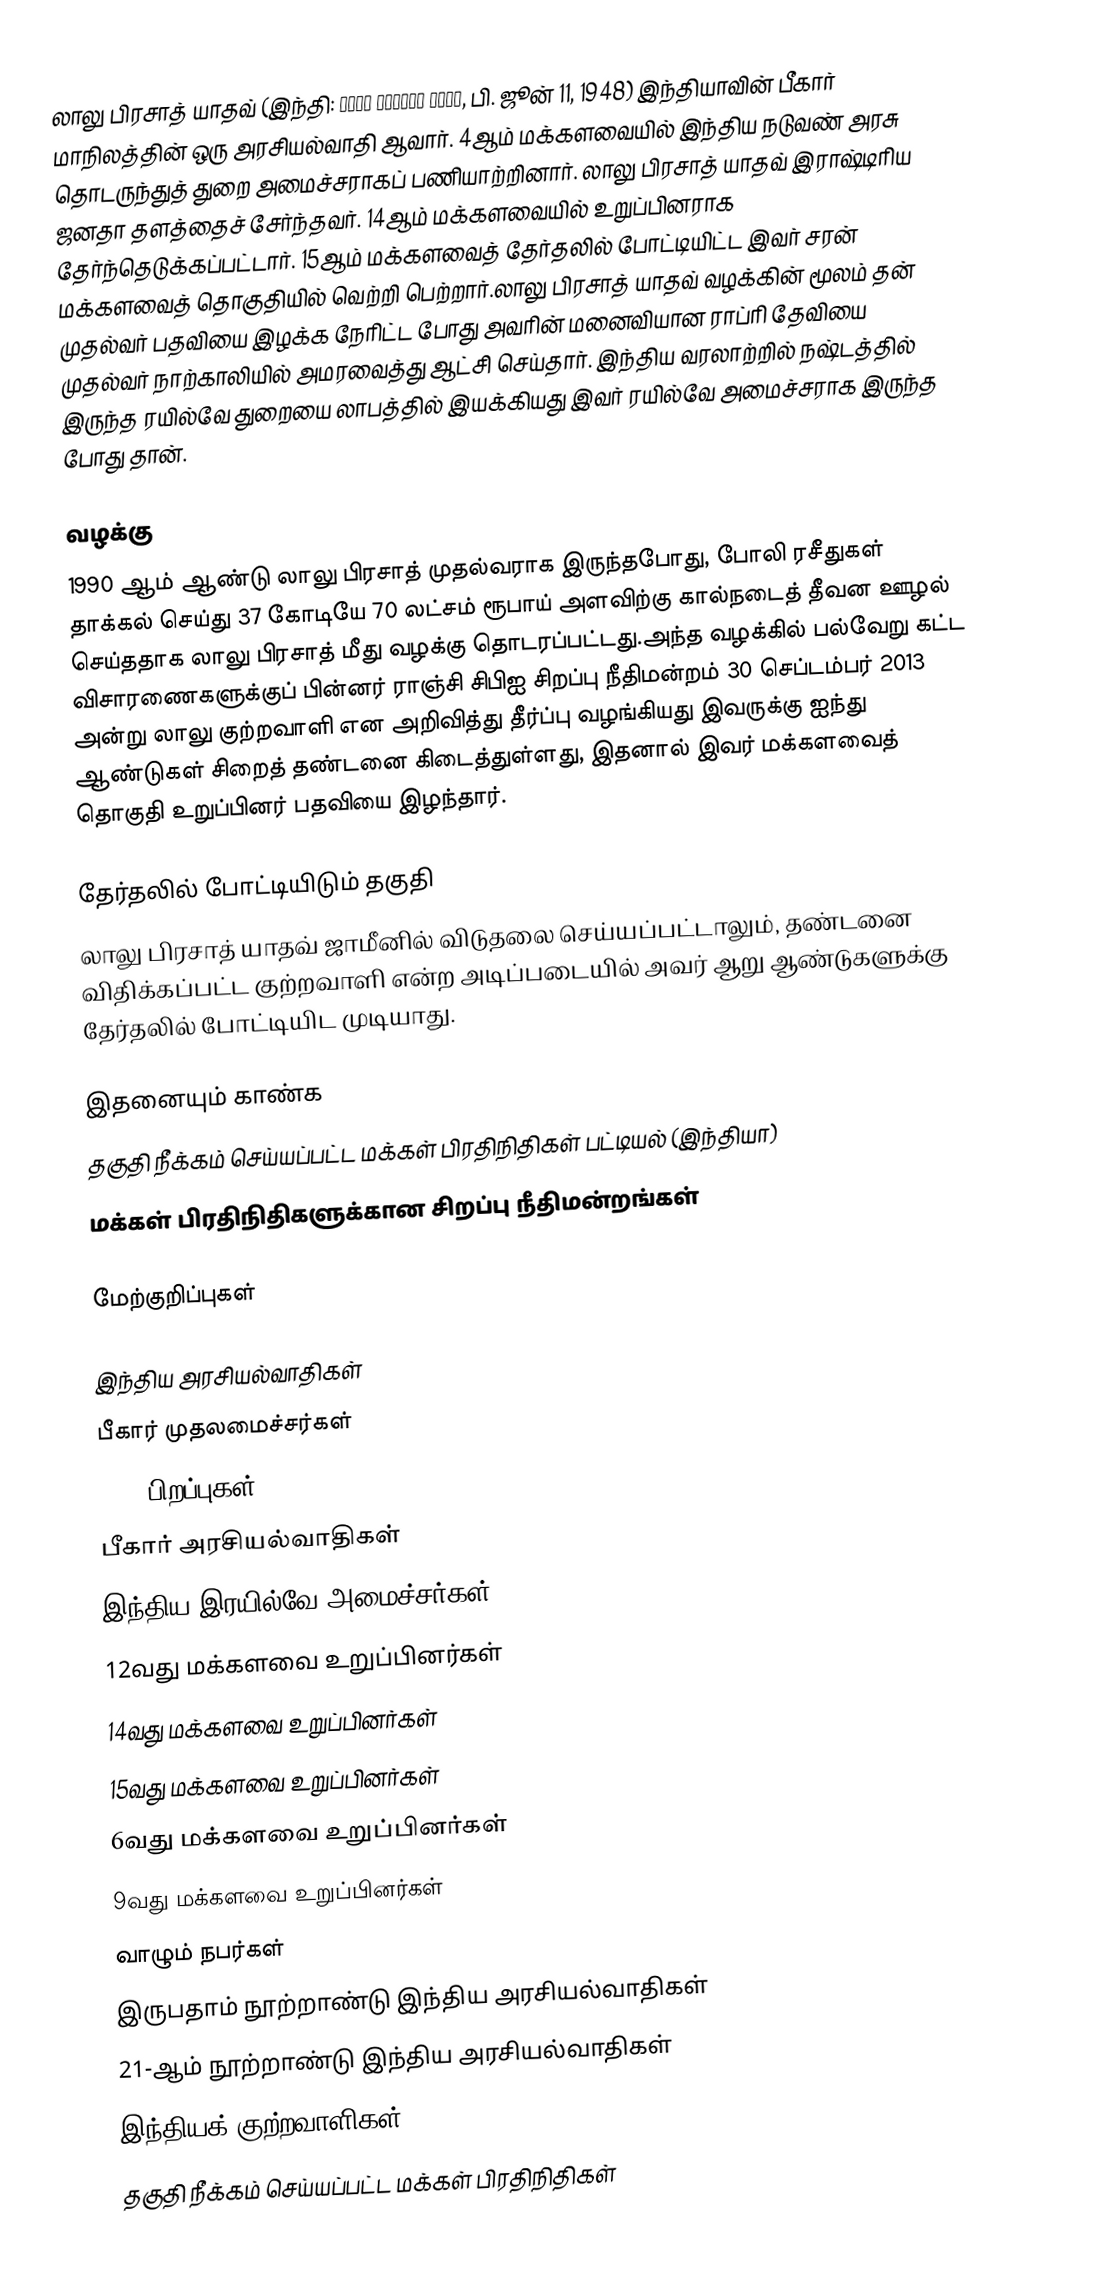
லாலு பிரசாத் யாதவ் (இந்தி: लालू प्रसाद यादव, பி. ஜூன் 11, 1948) இந்தியாவின் பீகார் மாநிலத்தின் ஒரு அரசியல்வாதி ஆவார். 4ஆம் மக்களவையில் இந்திய நடுவண் அரசு தொடருந்துத் துறை அமைச்சராகப் பணியாற்றினார். லாலு பிரசாத் யாதவ் இராஷ்டிரிய ஜனதா தளத்தைச் சேர்ந்தவர். 14ஆம் மக்களவையில் உறுப்பினராக தேர்ந்தெடுக்கப்பட்டார். 15ஆம் மக்களவைத் தேர்தலில் போட்டியிட்ட இவர் சரன் மக்களவைத் தொகுதியில் வெற்றி பெற்றார்.லாலு பிரசாத் யாதவ் வழக்கின் மூலம் தன் முதல்வர் பதவியை இழக்க நேரிட்ட போது அவரின் மனைவியான ராப்ரி தேவியை முதல்வர் நாற்காலியில் அமரவைத்து ஆட்சி செய்தார். இந்திய வரலாற்றில் நஷ்டத்தில் இருந்த ரயில்வே துறையை லாபத்தில் இயக்கியது இவர் ரயில்வே அமைச்சராக இருந்த போது தான்.

வழக்கு
1990 ஆம் ஆண்டு லாலு பிரசாத் முதல்வராக இருந்தபோது, போலி ரசீதுகள் தாக்கல் செய்து 37 கோடியே 70 லட்சம் ரூபாய் அளவிற்கு கால்நடைத் தீவன ஊழல் செய்ததாக லாலு பிரசாத் மீது வழக்கு தொடரப்பட்டது.அந்த வழக்கில் பல்வேறு கட்ட விசாரணைகளுக்குப் பின்னர் ராஞ்சி சிபிஐ சிறப்பு நீதிமன்றம் 30 செப்டம்பர் 2013 அன்று லாலு  குற்றவாளி என அறிவித்து தீர்ப்பு வழங்கியது இவருக்கு ஐந்து ஆண்டுகள் சிறைத் தண்டனை கிடைத்துள்ளது, இதனால் இவர் மக்களவைத் தொகுதி உறுப்பினர் பதவியை இழந்தார்.

தேர்தலில் போட்டியிடும் தகுதி
லாலு பிரசாத் யாதவ் ஜாமீனில் விடுதலை செய்யப்பட்டாலும், தண்டனை விதிக்கப்பட்ட குற்றவாளி என்ற அடிப்படையில் அவர் ஆறு ஆண்டுகளுக்கு தேர்தலில் போட்டியிட முடியாது.

இதனையும் காண்க
 தகுதி நீக்கம் செய்யப்பட்ட மக்கள் பிரதிநிதிகள் பட்டியல் (இந்தியா)
 மக்கள் பிரதிநிதிகளுக்கான சிறப்பு நீதிமன்றங்கள்

மேற்குறிப்புகள்

இந்திய அரசியல்வாதிகள்
பீகார் முதலமைச்சர்கள்
1947 பிறப்புகள்
பீகார் அரசியல்வாதிகள்
இந்திய இரயில்வே அமைச்சர்கள்
12வது மக்களவை உறுப்பினர்கள்
14வது மக்களவை உறுப்பினர்கள்
15வது மக்களவை உறுப்பினர்கள்
6வது மக்களவை உறுப்பினர்கள்
9வது மக்களவை உறுப்பினர்கள்
வாழும் நபர்கள்
இருபதாம் நூற்றாண்டு இந்திய அரசியல்வாதிகள்
21-ஆம் நூற்றாண்டு இந்திய அரசியல்வாதிகள்
இந்தியக் குற்றவாளிகள்
தகுதி நீக்கம் செய்யப்பட்ட மக்கள் பிரதிநிதிகள்